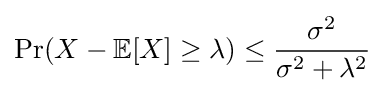
\Pr(X-\mathbb {E} [X]\geq \lambda )\leq {\frac {\sigma ^{2}}{\sigma ^{2}+\lambda ^{2}}}